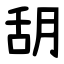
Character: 䑚